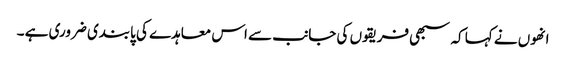
انھوں نے کہا کہ سبھی فریقوں کی جانب سے اس معاہدے کی پابندی ضروری ہے ۔